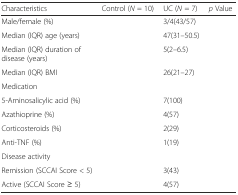
<table><thead><tr><td><b>Characteristics</b></td><td><b>Control (<i>N</i> = 10)</b></td><td><b>UC (<i>N</i> = 7)</b></td><td><b><i>p</i> Value</b></td></tr></thead><tbody><tr><td>Male/female (%)</td><td>[EMPTY_CELL]</td><td>3/4(43/57)</td><td>[EMPTY_CELL]</td></tr><tr><td>Median (IQR) age (years)</td><td>[EMPTY_CELL]</td><td>47(31–50.5)</td><td>[EMPTY_CELL]</td></tr><tr><td>Median (IQR) duration of disease (years)</td><td>[EMPTY_CELL]</td><td>5(2–6.5)</td><td>[EMPTY_CELL]</td></tr><tr><td>Median (IQR) BMI</td><td>[EMPTY_CELL]</td><td>26(21–27)</td><td>[EMPTY_CELL]</td></tr><tr><td>Medication</td><td>[EMPTY_CELL]</td><td>[EMPTY_CELL]</td><td>[EMPTY_CELL]</td></tr><tr><td>5-Aminosalicylic acid (%)</td><td>[EMPTY_CELL]</td><td>7(100)</td><td>[EMPTY_CELL]</td></tr><tr><td>Azathioprine (%)</td><td>[EMPTY_CELL]</td><td>4(57)</td><td>[EMPTY_CELL]</td></tr><tr><td>Corticosteroids (%)</td><td>[EMPTY_CELL]</td><td>2(29)</td><td>[EMPTY_CELL]</td></tr><tr><td>Anti-TNF (%)</td><td>[EMPTY_CELL]</td><td>1(19)</td><td>[EMPTY_CELL]</td></tr><tr><td>Disease activity</td><td>[EMPTY_CELL]</td><td>[EMPTY_CELL]</td><td>[EMPTY_CELL]</td></tr><tr><td>Remission (SCCAI Score &lt; 5)</td><td>[EMPTY_CELL]</td><td>3(43)</td><td>[EMPTY_CELL]</td></tr><tr><td>Active (SCCAI Score ≥ 5)</td><td>[EMPTY_CELL]</td><td>4(57)</td><td>[EMPTY_CELL]</td></tr></tbody></table>